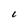
Character: C